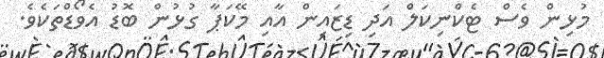
މުޅިން ވެސް ޓެކްނިކަލް އަދި ޑިޒައިން އާއި މޭކަޕާ ގުޅުން ބޮޑު އެވޯޑްތަކެވެ.